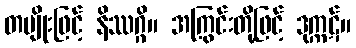
တမျိုးဖြင့် နိဿဂ္ဂိ။ အကြွင်းတို့ဖြင့် ဒုက္ကဋ်။